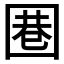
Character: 𱖃